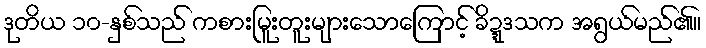
ဒုတိယ ၁၀-နှစ်သည် ကစားမြူးတူးများသောကြောင့် ခိဍ္ဍဒသက အရွယ်မည်၏။